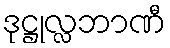
ဒုဋ္ဌုလ္လဘာဏီ